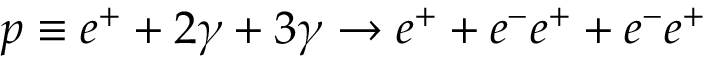
p \equiv e ^ { + } + 2 \gamma + 3 \gamma \rightarrow e ^ { + } + e ^ { - } e ^ { + } + e ^ { - } e ^ { + }